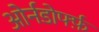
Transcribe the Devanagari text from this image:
ओर्नडोर्फ्फ़